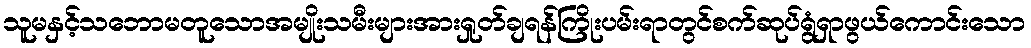
သူမနှင့်သဘောမတူသောအမျိုးသမီးများအားရှုတ်ချရန်ကြိုးပမ်းရာတွင်စက်ဆုပ်ရွံရှာဖွယ်ကောင်းသော